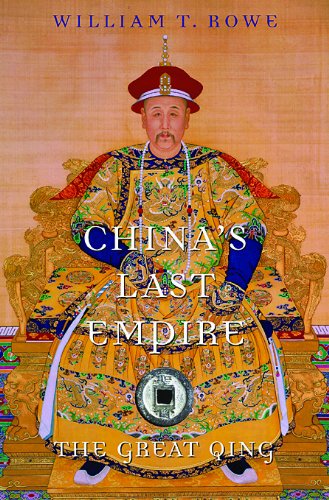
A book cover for China's Last Empire: The Great Qing (History of Imperial China); William T. Rowe; Religion & Spirituality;